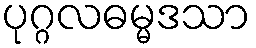
ပုဂ္ဂလဓမ္မဒသာ